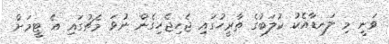
ވަނީ މި ލަނޑާއެކު ކުލަބުގެ ތާރީހުގައި ޖެހިޖެހިގެން ނުވަ މެޗުގައި އެ ޓީމަށް